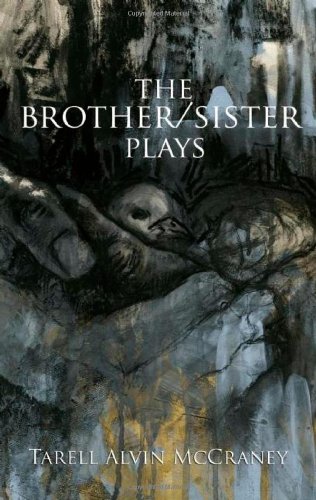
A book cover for The Brother/Sister Plays; Tarell Alvin McCraney; Literature & Fiction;